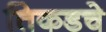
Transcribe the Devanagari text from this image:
तिकडचे